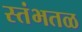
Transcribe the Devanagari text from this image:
स्तंभतळ